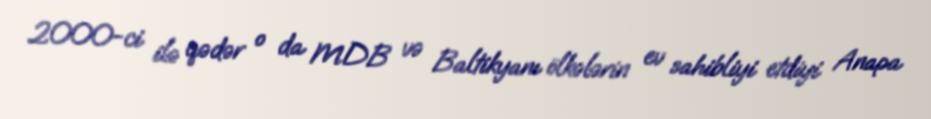
2000-ci ilə qədər o da MDB və Baltikyanı ölkələrin ev sahibliyi etdiyi Anapa